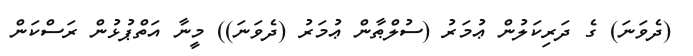
(ދެވަނަ) ގެ ދަރިކަލުން ޢުމަރު (ސުލްޠާން ޢުމަރު (ދެވަނަ)) މީނާ އަތްޕުޅުން ރަސްކަން